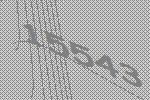
15543